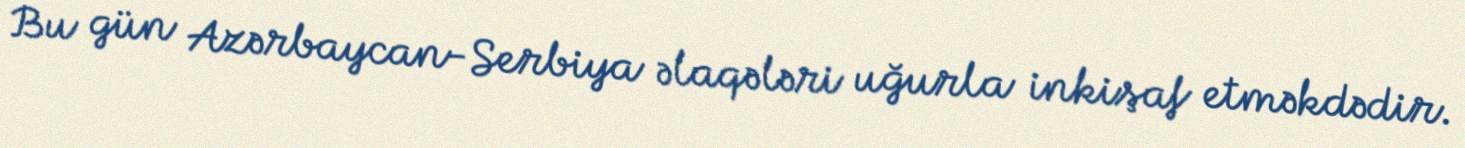
Bu gün Azərbaycan-Serbiya əlaqələri uğurla inkişaf etməkdədir.